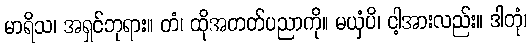
မာရိသ၊ အရှင်ဘုရား။ တံ၊ ထိုအတတ်ပညာကို။ မယှံပိ၊ ငါ့အားလည်း။ ဒါတုံ၊